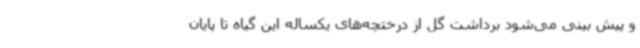
و پیش بینی می‌شود برداشت گل از درختچه‌های یکساله این گیاه تا پایان